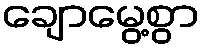
ချောမွေ့စွာ